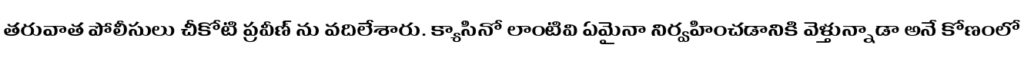
తరువాత పోలీసులు చీకోటి ప్రవీణ్ ను వదిలేశారు. క్యాసినో లాంటివి ఏమైనా నిర్వహించడానికి వెళ్తున్నాడా అనే కోణంలో